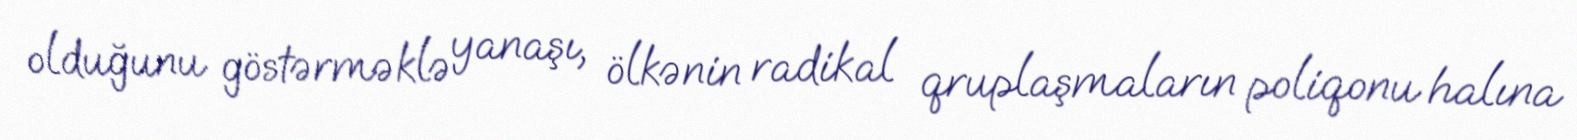
olduğunu göstərməklə yanaşı, ölkənin radikal qruplaşmaların poliqonu halına